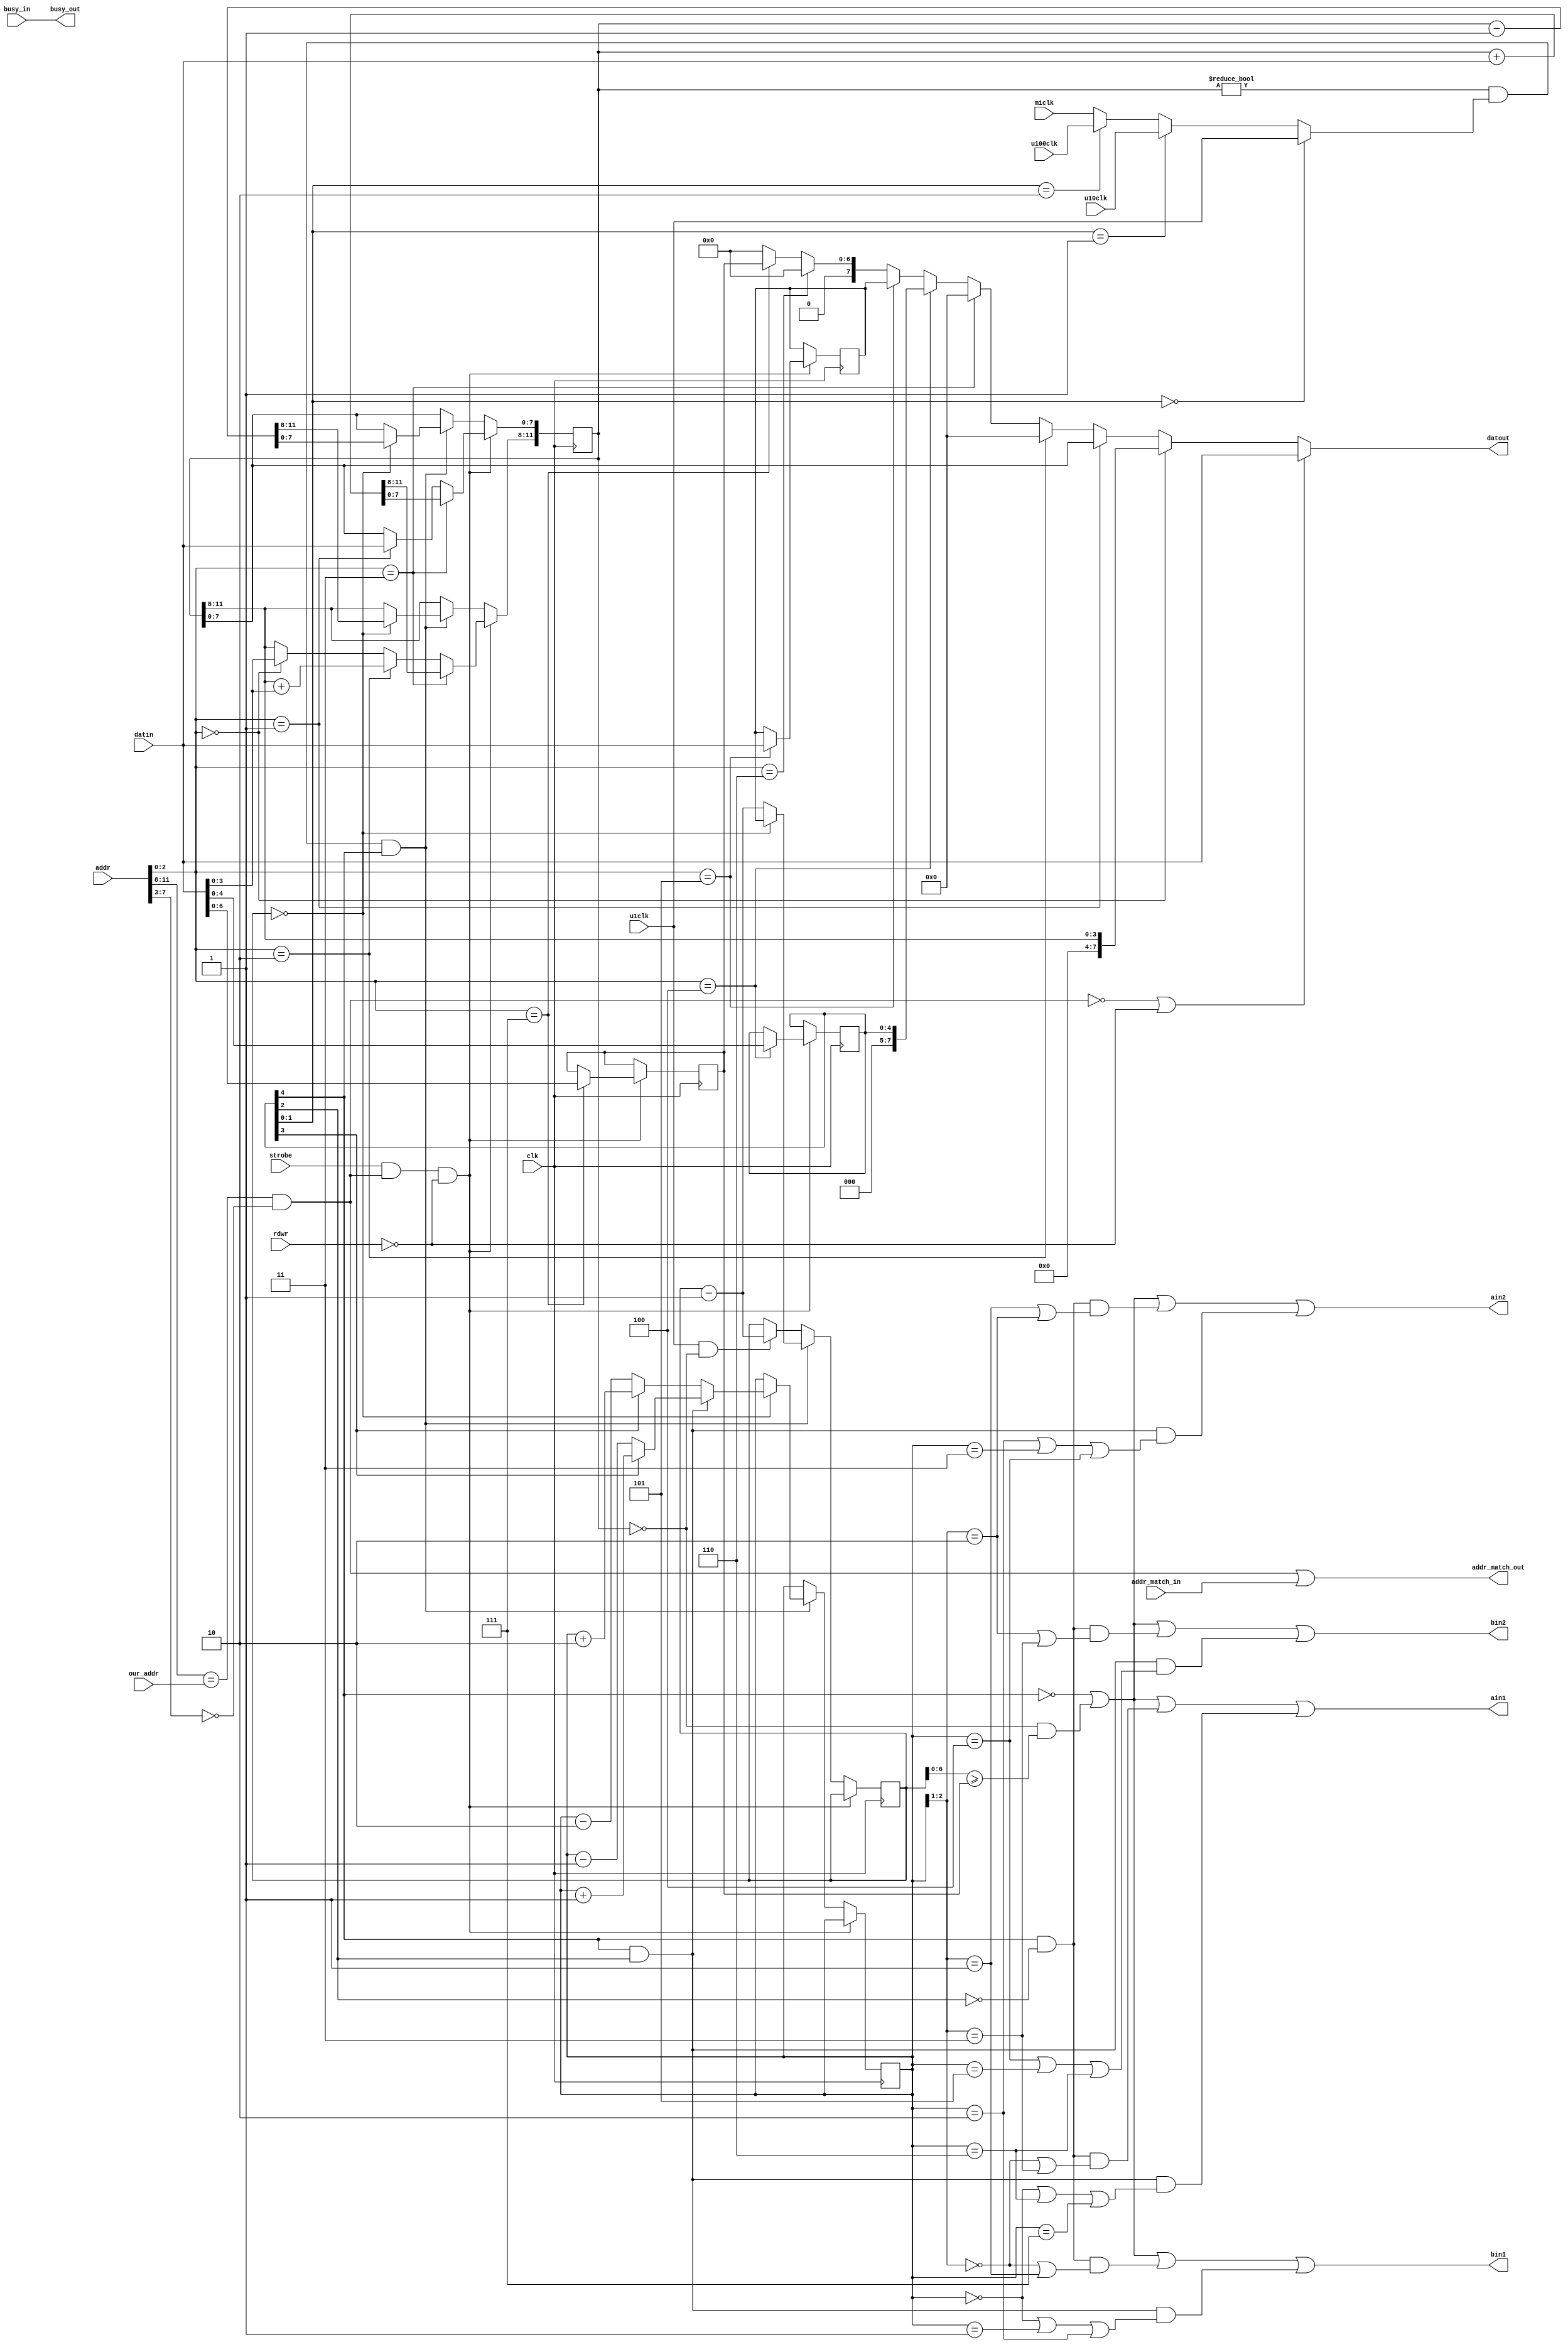
// *********************************************************
// Copyright (c) 2020 Demand Peripherals, Inc.
// 
// This file is licensed separately for private and commercial
// use.  See LICENSE.txt which should have accompanied this file
// for details.  If LICENSE.txt is not available please contact
// support@demandperipherals.com to receive a copy.
// 
// In general, you may use, modify, redistribute this code, and
// use any associated patent(s) as long as
// 1) the above copyright is included in all redistributions,
// 2) this notice is included in all source redistributions, and
// 3) this code or resulting binary is not sold as part of a
//    commercial product.  See LICENSE.txt for definitions.
// 
// DPI PROVIDES THE SOFTWARE "AS IS," WITHOUT WARRANTIES OR
// CONDITIONS OF ANY KIND, EITHER EXPRESS OR IMPLIED, INCLUDING
// WITHOUT LIMITATION ANY WARRANTIES OR CONDITIONS OF TITLE,
// NON-INFRINGEMENT, MERCHANTABILITY, OR FITNESS FOR A PARTICULAR
// PURPOSE.  YOU ARE SOLELY RESPONSIBLE FOR DETERMINING THE
// APPROPRIATENESS OF USING OR REDISTRIBUTING THE SOFTWARE (WHERE
// ALLOWED), AND ASSUME ANY RISKS ASSOCIATED WITH YOUR EXERCISE OF
// PERMISSIONS UNDER THIS AGREEMENT.
// 
// This software may be covered by US patent #10,324,889. Rights
// to use these patents is included in the license agreements.
// See LICENSE.txt for more information.
// *********************************************************

//////////////////////////////////////////////////////////////////////////
//
//
//      This design has a read/write register for the number of steps to go,
//  a read/write register for step rate (step period actually), a read/write
//  flag to indicate full or half steps, and a write-only register that adds
//  or removes steps from the target step count.
//
//      The hardware outputs go to each of the four windings on the stepper.
//  The lowest numbered pin on the connector is the AIN1 input for winding A
//  and the second pin is the AIN2 input. Pins 3 and 4 are the BIN1 and BIN2
//  inputs for the B winding.  The TB6612 PWM inputs and the STBY input should
//  be tied to 5 volts.  The modes of operation versus the IN pins is depicted
//  in this table.
//           MODE        IN1        IN2
//          Brake        high       high        The power-on default
//          Forward      low        (PWM)
//          Reverse      (PWM)      low
//          Coast        low        low
//
//
//  Outputs are as follows for full and half steps:
//
//  Full Step
//    phac[2:1]    AIN1 AIN2   BIN1 BIN2 
//           0      1    0      1    0
//           1      0    1      1    0
//           2      0    1      0    1
//           3      1    0      0    1
//
//  Half Step
//    phac[2:0]    AIN1 AIN2   BIN1 BIN2 
//           0      1    0      1    0
//           0      0    0      1    0
//           2      0    1      1    0
//           2      0    1      0    0
//           4      0    1      0    1
//           4      0    0      0    1
//           6      1    0      0    1
//           6      1    0      0    0
//
//  Registers are (high byte)
//    Addr=0    12 bit target step count, decremented to zero
//    Addr=2    12 bit value synchronously added to the target, write only
//    Addr=4    5 bits are the setup, low 8 bits are the period
//    Addr=6    holding current PWM value in range of 0 to 100 percent
//
//  The setup register has the following bits
//   Bit 12   on/off     1==on.  All output high for OFF -- brake mode
//   Bit 11   direction  1==abcd, 0=dcba
//   Bit 10   half/full  1==half
//   bit 9,8  00         period clock is 1 microsecond
//            01         period clock is 10 microseconds
//            10         period clock is 100 microseconds
//            11         period clock is 1 millisecond
//
/////////////////////////////////////////////////////////////////////////
module stepb(clk,rdwr,strobe,our_addr,addr,busy_in,busy_out,
       addr_match_in,addr_match_out,datin,datout,
       m1clk, u100clk, u10clk, u1clk,ain1,ain2,bin1,bin2);
    input  clk;              // system clock
    input  rdwr;             // direction of this transfer. Read=1; Write=0
    input  strobe;           // true on full valid command
    input  [3:0] our_addr;   // high byte of our assigned address
    input  [11:0] addr;      // address of target peripheral
    input  busy_in;          // ==1 if a previous peripheral is busy
    output busy_out;         // ==our busy state if our address, pass through otherwise
    input  addr_match_in;    // ==1 if a previous peripheral claims the address
    output addr_match_out;   // ==1 if we claim the above address, pass through otherwise
    input  [7:0] datin ;     // Data INto the peripheral;
    output [7:0] datout ;    // Data OUTput from the peripheral, = datin if not us.
    input  m1clk;            // Millisecond clock pulse
    input  u100clk;          // 100 microsecond clock pulse
    input  u10clk;           // 10 microsecond clock pulse
    input  u1clk;            // 1 microsecond clock pulse
    output ain1;             // Output for coil A TB6612 ain1
    output ain2;             // Output for coil A TB6612 ain2
    output bin1;             // Output for coil B TB6612 bin1
    output bin2;             // Output for coil B TB6612 bin2
 
    wire   myaddr;           // ==1 if a correct read/write on our address
    reg    [11:0] target;    // Step target.
    reg    [7:0] period;     // Inter-step period
    reg    [4:0] setup;      // Setup has on/off, direction, half/full steps, and frequency selector
    wire   onoff,dir;        // on/off and direction
    wire   full,half;        // indicators for full or half steps
    reg    [7:0] pdiv;       // period clock divider and holding current PWM counter
    wire   pclk;             // period input clock
    reg    [2:0] phac;       // phase accumulator -- actual stepper position
    reg    [6:0] holding;    // holding current as a 7 bit number

    assign onoff = setup[4]; // on/off bit
    assign dir   = setup[3];
    assign full = onoff & (~setup[2]);
    assign half = onoff & setup[2];
    assign pclk = (setup[1:0] == 0) ? u1clk :
                  (setup[1:0] == 1) ? u10clk :
                  (setup[1:0] == 2) ? u100clk : m1clk ;

    initial
    begin
        target = 0;
        period = 8'hff;
        setup = 0;
        phac = 0;
    end

    always @(posedge clk)
    begin
        if (strobe & myaddr & ~rdwr)  // latch data on a write
        begin
            if (addr[2:0] == 0)
                target[11:8] <= datin[3:0];
            if (addr[2:0] == 1)
                target[7:0] <= datin[7:0];
            if (addr[2:0] == 2)
                target[11:8] <= target[11:8] + datin[3:0];
            if (addr[2:0] == 3)
                target <= target + {4'h0,datin[7:0]};
            if (addr[2:0] == 4)
            begin
                setup <= datin[4:0];
            end
            if (addr[2:0] == 5)
            begin
                period <= datin[7:0];
            end
            if (addr[2:0] == 7)
                holding <= datin[6:0];
        end
        else if ((target != 0) && pclk && (onoff == 1))  // Decrement the period counter
        begin
            if (pdiv == 0)
            begin
                pdiv <= period;
                target <= target - 12'h001;
                if (half)
                    phac <= (dir) ? phac + 3'h1 : phac - 3'h1;
                else
                    phac <= (dir) ? phac + 3'h2 : phac - 3'h2;
            end
            else
                pdiv <= pdiv - 8'h01;
        end
        else if (u1clk && (target == 0))    // apply holding current
        begin
            pdiv <= pdiv - 8'h01;
        end
    end

    // Assign the outputs.  See the full/half tables at the top of this file
    assign ain1 = (onoff == 0) || ((target == 0) && (pdiv[6:0] >= holding)) ||
                  ((full) && ((phac[2:1] == 0) || (phac[2:1] == 3))) ||
                  ((half) && ((phac[2:0] == 0) || (phac[2:0] == 6) || (phac[2:0] == 7)));
    assign ain2 = (onoff == 0) || ((target == 0) && (pdiv[6:0] >= holding)) ||
                  ((full) && ((phac[2:1] == 1) || (phac[2:1] == 2))) ||
                  ((half) && ((phac[2:0] == 2) || (phac[2:0] == 3) || (phac[2:0] == 4)));
    assign bin1 = (onoff == 0) || ((target == 0) && (pdiv[6:0] >= holding)) ||
                  ((full) && ((phac[2:1] == 0) || (phac[2:1] == 1))) ||
                  ((half) && ((phac[2:0] == 0) || (phac[2:0] == 1) || (phac[2:0] == 2)));
    assign bin2 = (onoff == 0) || ((target == 0) && (pdiv[6:0] >= holding)) ||
                  ((full) && ((phac[2:1] == 2) || (phac[2:1] == 3))) ||
                  ((half) && ((phac[2:0] == 4) || (phac[2:0] == 5) || (phac[2:0] == 6)));
 
    assign myaddr = (addr[11:8] == our_addr) && (addr[7:3] == 0);
    assign datout = (~myaddr || ~rdwr) ? datin : 
                     (addr[2:0] == 0) ? {4'h0,target[11:8]} :
                     (addr[2:0] == 1) ? target[7:0] :
                     (addr[2:0] == 2) ? 8'h00 :   // Nothing to report for the increment register
                     (addr[2:0] == 3) ? 8'h00 :
                     (addr[2:0] == 4) ? {3'h0,setup} :
                     (addr[2:0] == 5) ? period :
                     (addr[2:0] == 6) ? 8'h00 :
                     (addr[2:0] == 7) ? {1'h0,holding} :
                     8'h00;

    assign onoff = setup[4]; // on/off bit


    // Loop in-to-out where appropriate
    assign busy_out = busy_in;
    assign addr_match_out = myaddr | addr_match_in;

endmodule